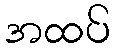
အထပ်